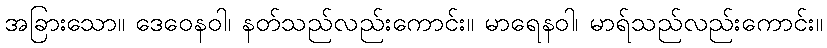
အခြားသော။ ဒေဝေနဝါ၊ နတ်သည်လည်းကောင်း။ မာရေနဝါ၊ မာရ်သည်လည်းကောင်း။